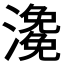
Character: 𤀧